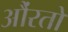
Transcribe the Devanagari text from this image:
औंरतों